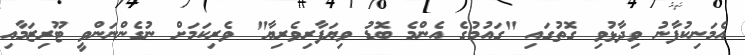
އެމަނިކުފާނު ވިދާޅުވި ގޮތުގައި "ގައުމުގެ އެންމެ ބޮޑު ވިޔަފާރިވެރިޔާ" ވެރިކަމަށް ނުގެންނަންވީ ޓޫރިޒަމާއި